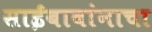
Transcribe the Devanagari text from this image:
साईबाबांनाचा